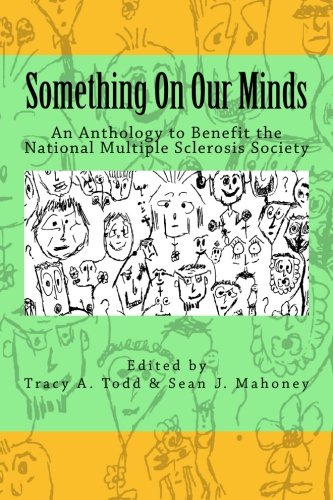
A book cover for Something On Our Minds: An Anthology to Benefit the National Multiple Sclerosis Society; Tracy A Todd; Health, Fitness & Dieting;